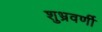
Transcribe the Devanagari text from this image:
शुभ्रवर्णी